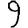
Digit: 9